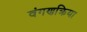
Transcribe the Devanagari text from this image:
वंगणक्रिया